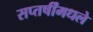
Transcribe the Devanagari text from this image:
सप्तर्षींमधले